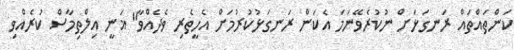
ކަންތައްތައް ރަނގަޅަށް ނުކުރެވޭނަމަ އެކަން ރަނގަޅުކުރުމަށް އެހީތެރި ވެދެއްވާ" ޣަނީ އިލްތިމާސް ކުރެއްވި